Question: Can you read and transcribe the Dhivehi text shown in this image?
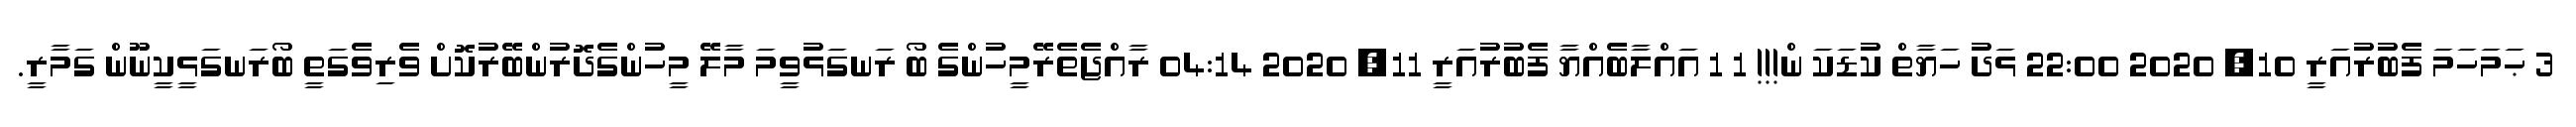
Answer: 3 ޙަމަހަމަ ފެބުރުއަރީ 10, 2020 22:00 ޅަދު ހަޔާތް ކުޑަކަ ން!!! 1 1 އައްލާބެއްޔާ ފެބުރުއަރީ 11, 2020 04:14 ރާއްޖެތެރޭމީހުންގެ ބޯ ރަނގަޅުވީމަ މާލޭ މީހުންގެދޮރުންބޭރުކޮށް ވެރިވެގަތީ ބޯރަނގަޅީކީނޫން ގަމާރީ.